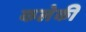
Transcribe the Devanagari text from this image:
कलेकी